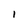
Character: 1